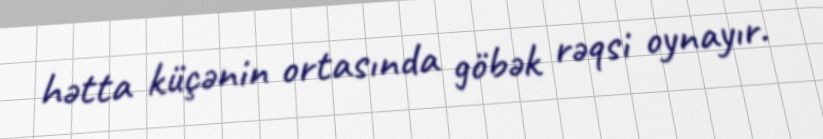
hətta küçənin ortasında göbək rəqsi oynayır.